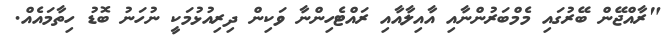
"ރާއްޖޭން ބޭރުގައި މެމްބަރުންނާއި އާއިލާއާއި ރައްޓެހިންނާ ވަކިން ދިރިއުޅުމަކީ ނުހަނު ބޮޑު ހިތާމައެއް.